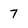
Character: 7